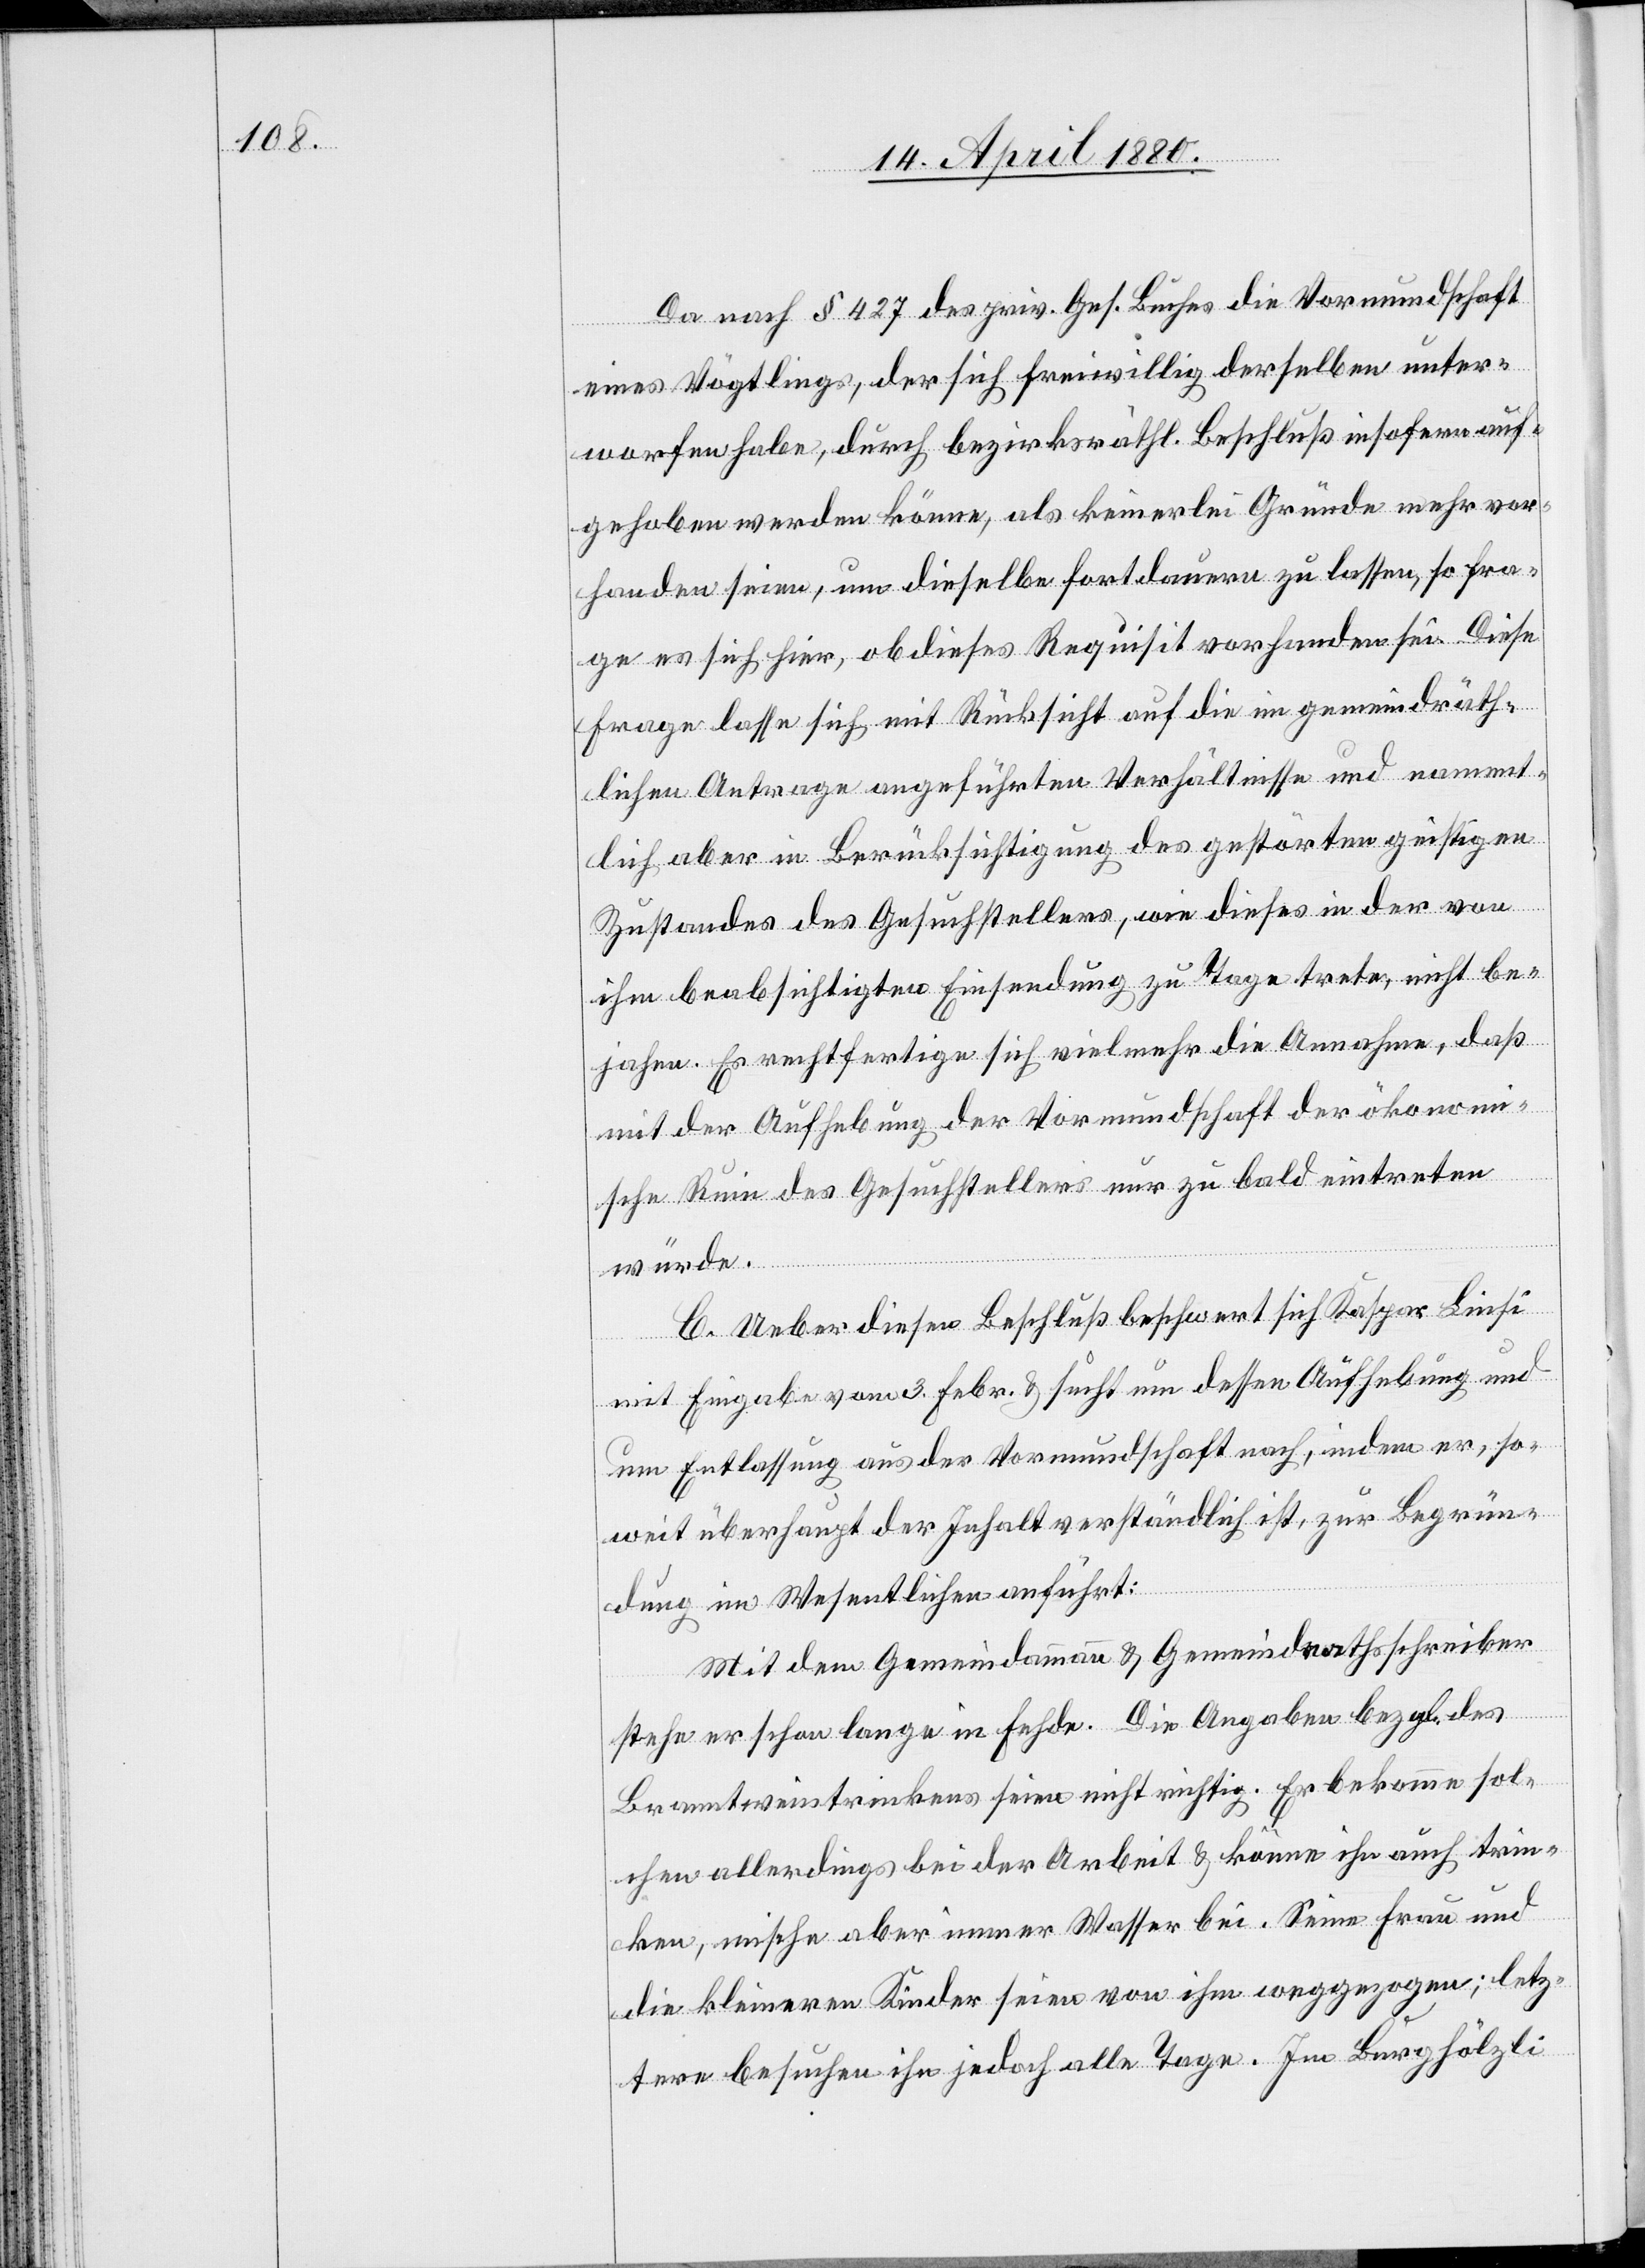
Da nach § 427 des priv. Ges. Buches die Vormundschaft
eines Vögtlings, der sich freiwillig derselben unter¬
worfen habe, durch bezirksräthl. Beschluß insofern auf¬
gehoben werden könne, als keinerlei Gründe mehr vor¬
handen seien, um dieselbe fortdauern zu lassen, so fra¬
ge es sich hier, ob dieses Requisit vorhanden sei. Diese
Frage lasse sich mit Rücksicht auf die im gemeindräth¬
lichen Antrage angeführten Verhältnisse und nament¬
lich aber in Berücksichtigung des gestörten geistigen
Zustandes des Gesuchstellers, wie dieses in der von
ihm beabsichtigten Einsendung zu Tage trete, nicht be¬
jahen. Es rechtfertige sich vielmehr die Annahme, daß
mit der Aufhebung der Vormundschaft der ökonom¬
ische Ruin des Gesuchstellers nur zu bald eintreten
würde.
C. Ueber diesen Beschluß beschwert sich Kaspar Liese
mit Eingabe vom 3. Febr. & such um dessen Aufhebung und
um Entlassung aus der Vormundschaft nach, indem er, so¬
weit überhaupt der Inhalt verständlich ist, zur Begrün¬
dung im Wesentlichen anführt:
Mit dem Gemeindammann & Gemeindrathsschreiber
stehe er schon lange in Fehde. Die Angaben bezgl. des
Branntweintrinkens seien nicht richtig. Er bekomme sol¬
chen allerdings bei der Arbeit & könne ihn auch trin¬
ken, mische aber immer Wasser bei. Seine Frau und
kleineren Kinder seien von ihm weggezogen; letz¬
tere besuchen ihn jedoch alle Tage. Im Burghölzli